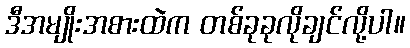
ဒီအမျိုးအစားထဲက တစ်ခုခုလိုချင်လို့ပါ။